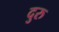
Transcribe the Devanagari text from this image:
दुरु